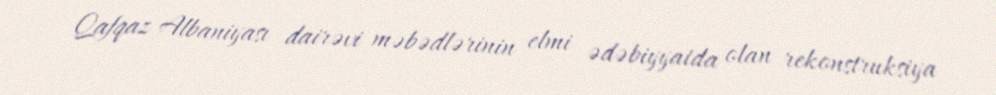
Qafqaz Albaniyası dairəvi məbədlərinin elmi ədəbiyyatda olan rekonstruksiya